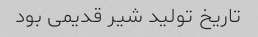
تاریخ تولید شیر قدیمی بود